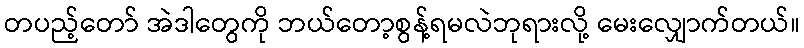
တပည့်တော် အဲဒါတွေကို ဘယ်တော့စွန့်ရမလဲဘုရားလို့ မေးလျှောက်တယ်။